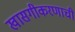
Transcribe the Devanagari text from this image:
खासगीकरणाची